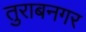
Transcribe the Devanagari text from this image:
तुराबनगर